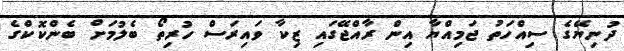
ދުނިޔޭގެ ސިއްހަތު ޖަމިއްޔާ އިން ރާއްޖޭގައި ޒިކާ ވައިރަސް ހުރިތޯ ބެލުމަށް ބެންކޮކްގެ